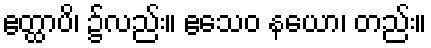
ဧတ္ထာပိ၊ ၌လည်း။ ဧသေဝ နယော၊ တည်း။